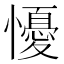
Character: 懮